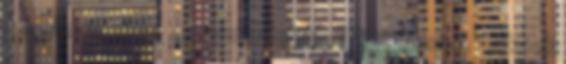
a szám is főleg az ismerősökből jött össze, akiknek